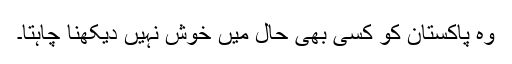
وہ پاکستان کو کسی بھی حال میں خوش نہیں دیکھنا چاہتا۔